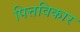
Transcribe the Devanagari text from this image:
पित्तविकार